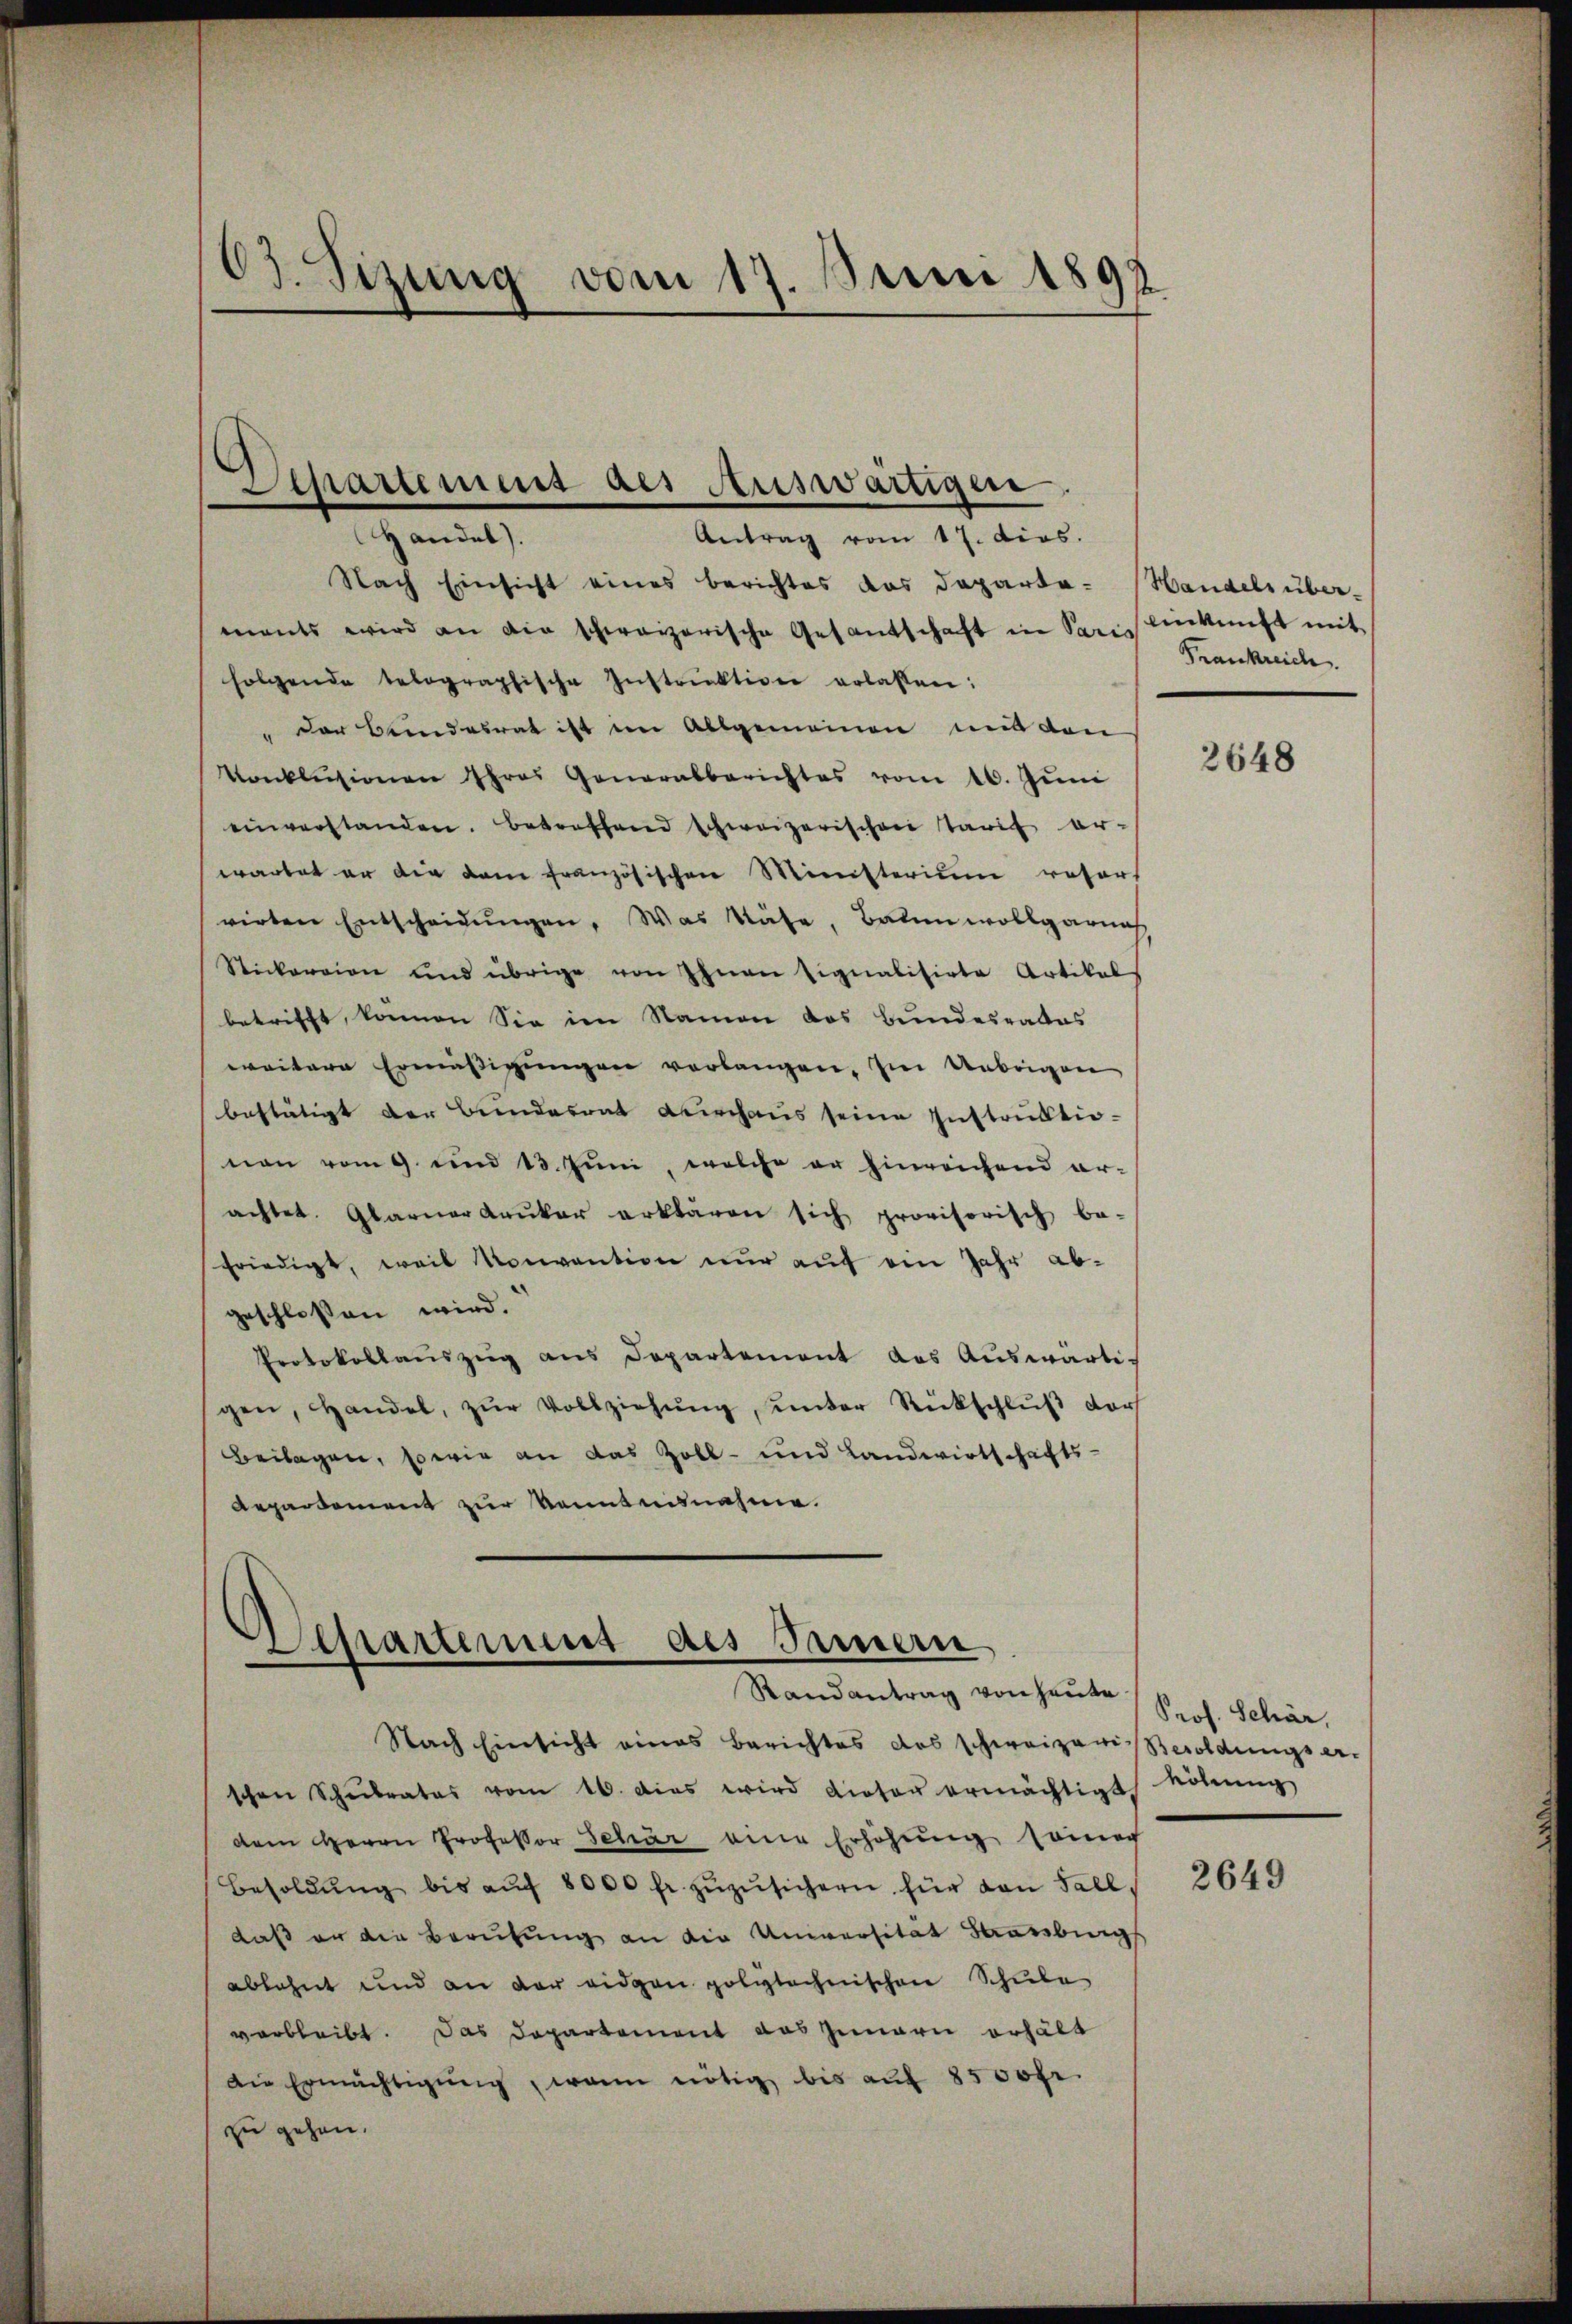
03. Sizung vom 17. Juni 1892

Separtiment als Auswärtigen

Handel).
Antrag vom 17. dies.
Nach Einsicht eines Berichtes das Departemants wird an die schweizerische Gesantschaft in Sari einkunft mit
folgende telographische Instruktion erlassen:
" der Bundesrat ist im Allgemeinen mit den
Vonklusionen Ihres Generalberichtes vom 16. Jŭni
einverstanden. Betreffend schweizerischen Tarif erwartet er die dem französischen Ministerium refors
rirten Entscheidŭngen. Was Nase, Bauen wollgarna
Stickereien und übrige von Ihnen signalisirte Artikels
betrifft, können Sie im Namen das Bundesrates
weitere Ermässigungen verlangen. Im Uebrigen
bestätigt der Bundesrat Kirchaus seine Instruktionen vom 9. und 13. Juni, welche er hinreichend arachtet. Glarnerdruker erklären sich provisorisch be-
friedigt, weil Konvention nur auf ein Jahr ab-
geschlossen wird.
Protokollauszug aus Departement das Auswärtigen, Handel, zŭr Vollziehŭng ŭnter Rückschlŭβ der
Beilagen, sowie an das Zoll- und Landwirtschafts-
Repartement zur Kenntnisnahme.

Asepartement des Jammern
Randantrag von heute

Nach Einsicht eines Berichtes das schweizeris Besoldungserschen Schulrates vom 16. Das wird dictor ermächtigt
dem Herrn Professor Schär eine Erhöhung seinach
Besoldŭng bis aŭf 8000 fr. zŭzŭsichern für dan Fall,
daß er die Berufung an die Universität Barbig
ablehnt und an der eidgen polytechnischen Schule
verbleibt. Das Departement das Innern erhält
Die Ermächtigŭng, wenn nötig bis aŭf 8500fr.
zu gehen.

Handels über¬
Frankreich

2648

Prof. Schär,
höhung

2649